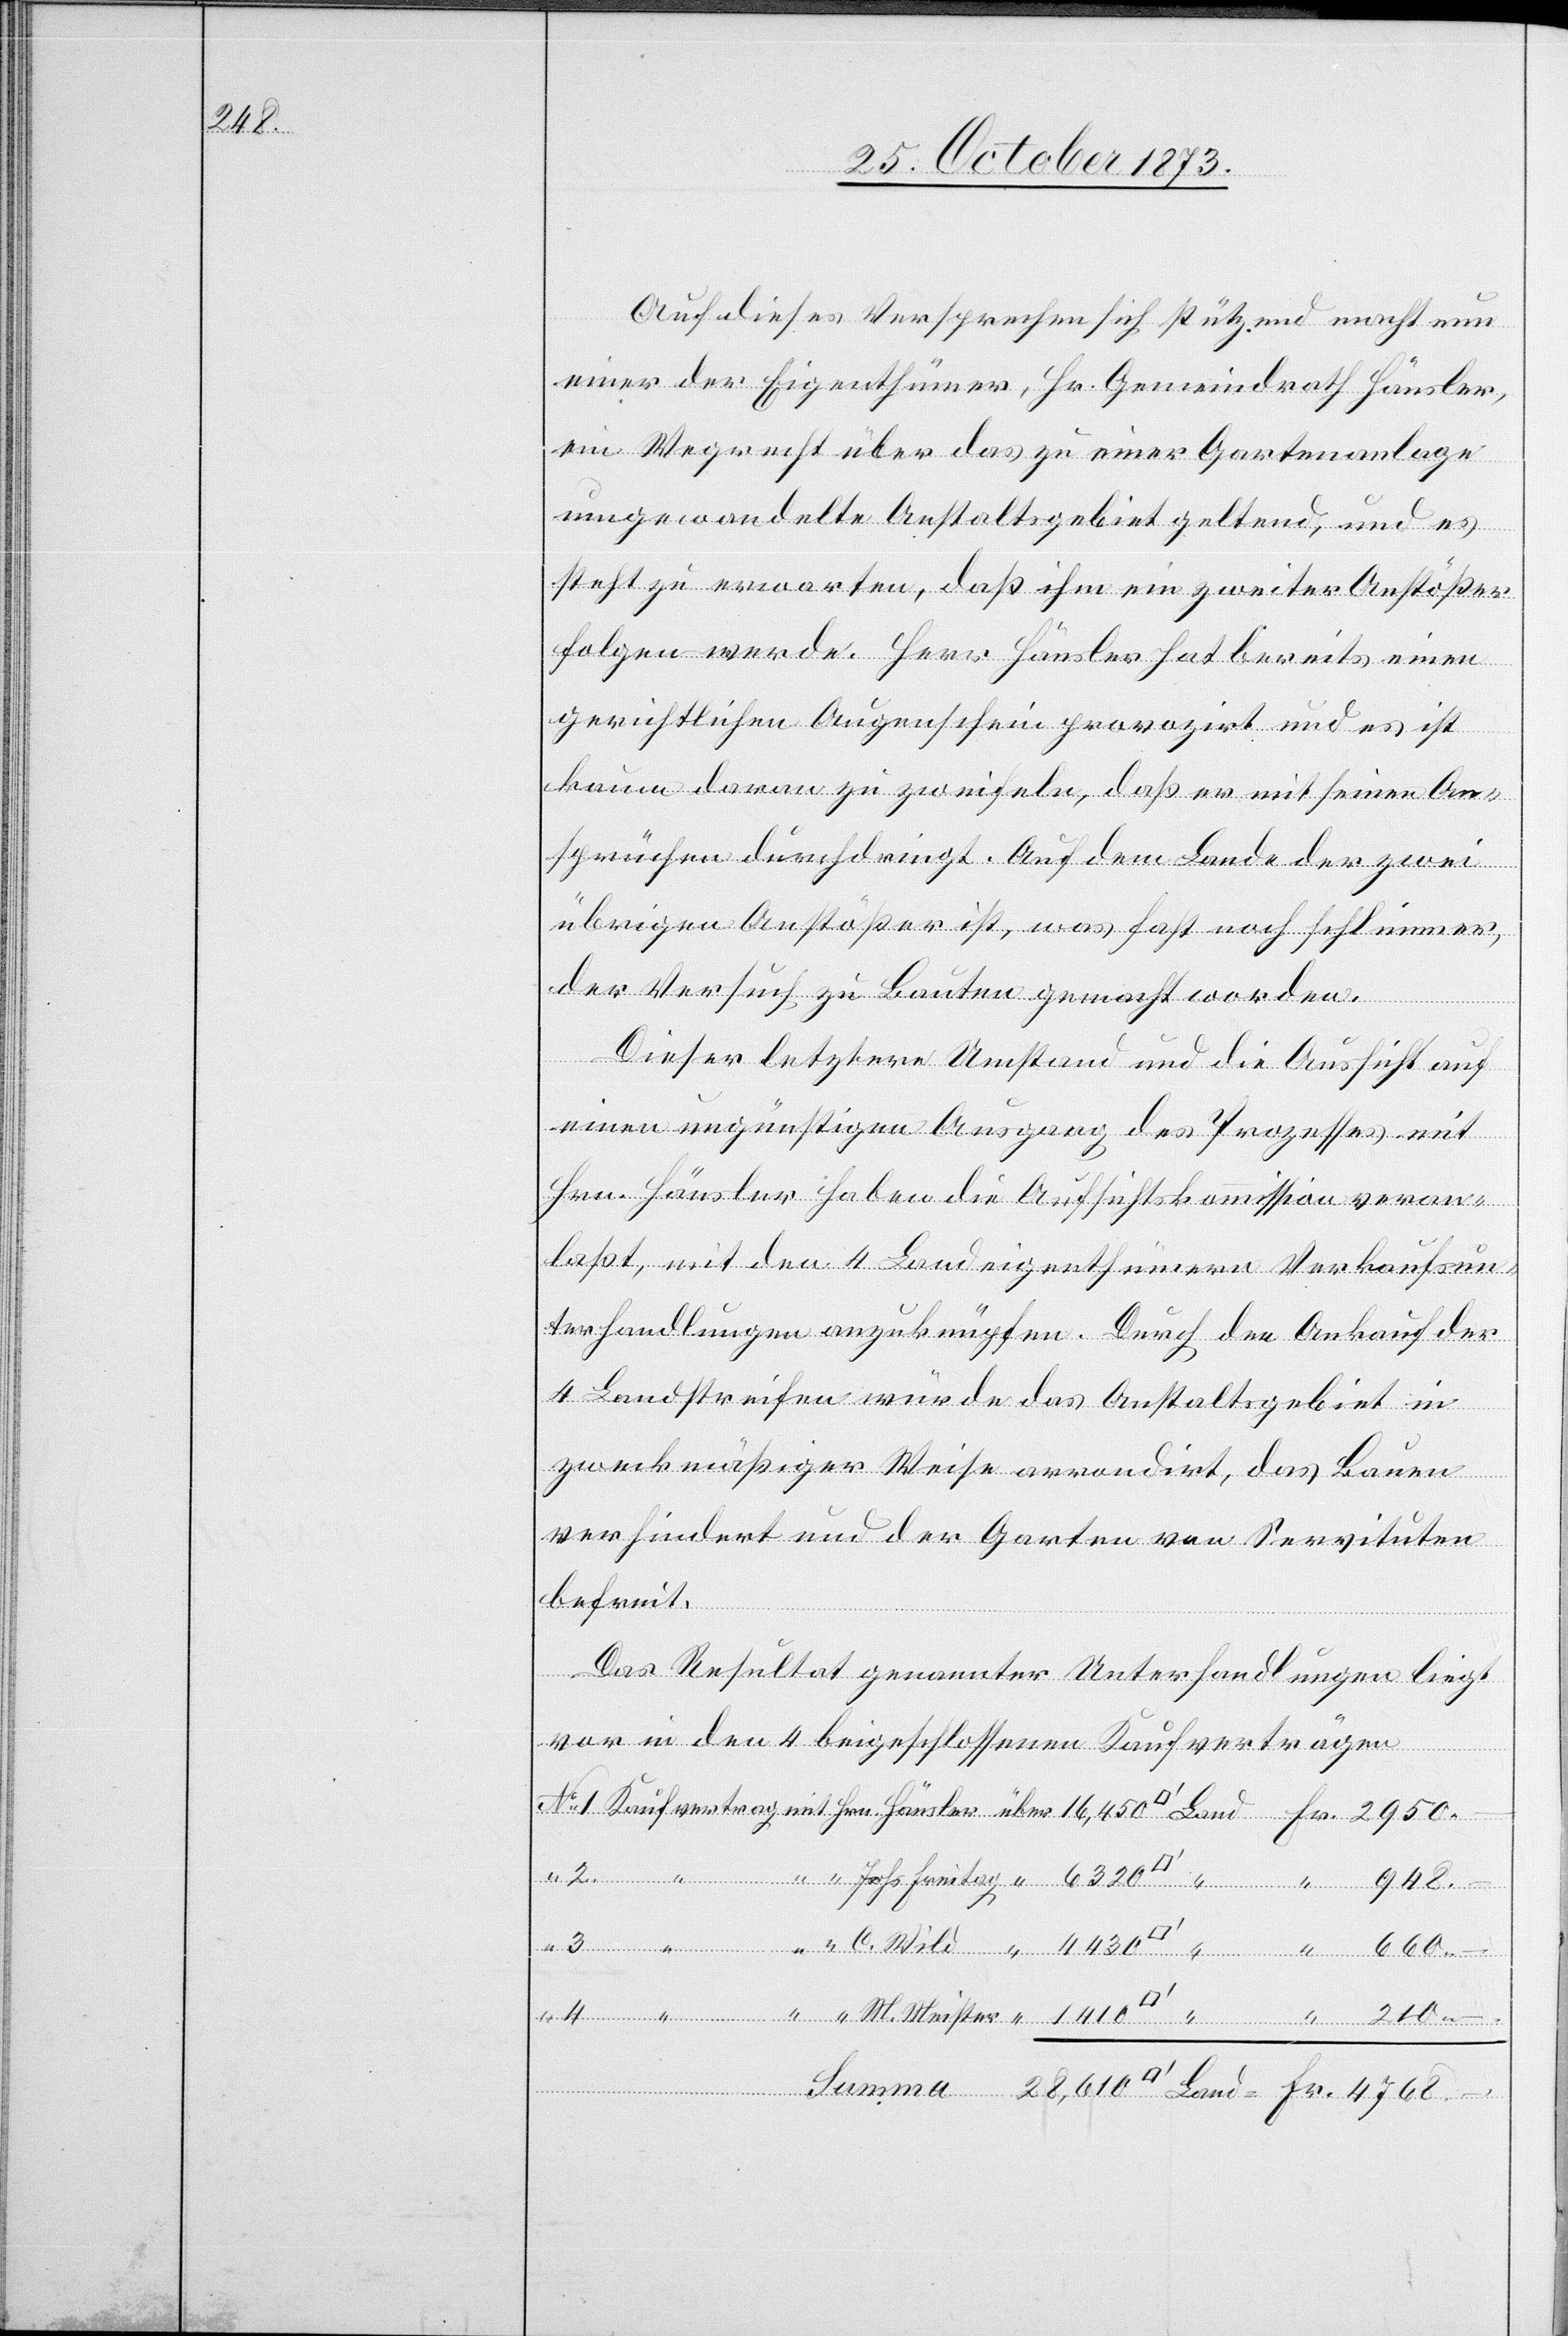
210

Auf dieses Versprechen sich stützend macht nun
einer der Eigenthümer, Hr. Gemeindrath Häusler,
ein Wegrecht über das zu einer Gartenanlage
umgewandelte Anstaltsgebiet geltend, und es
steht zu erwarten, daß ihm ein zweiter Anstößer
folgen werde. Herr Häusler hat bereits einen
gerichtlichen Augenschein provozirt und es ist
kaum daran zu zweifeln, daß er mit seinen An¬
sprüchen durchdringt. Auf dem Lande der zwei
übrigen Anstößer ist, was fast noch schlimmer,
der Versuch zu Bauten gemacht worden.
Dieser letztere Umstand und die Aussicht auf
einen ungünstigen Ausgang des Prozesses mit
Hrn. Häusler haben die Aufsichtskommission veran¬
laßt, mit den 4 Landeigenthümern Verkaufsun¬
terhandlungen anzuknüpfen. Durch den Ankauf der
4 Landstreifen würde das Anstaltsgebiet in
zweckmäßiger Weise arrondirt, das Bauen
verhindert und der Garten von Servituten
befreit.
Das Resultat genannter Unterhandlungen liegt
vor in den 4 beigeschlossenen Kaufverträgen
Fr.
M. Meister
660